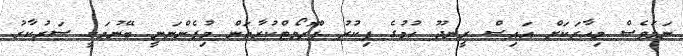
ނަމަވެސް މިހާރަކަށް އައިސް ރީނދޫ ހުމުގެ ފިކުރު ޕްރޮމޯޓްކުރާތަން މިުފެންނަނީ ބޭނުމަކީ ސަރުކާރު